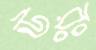
উরঃ